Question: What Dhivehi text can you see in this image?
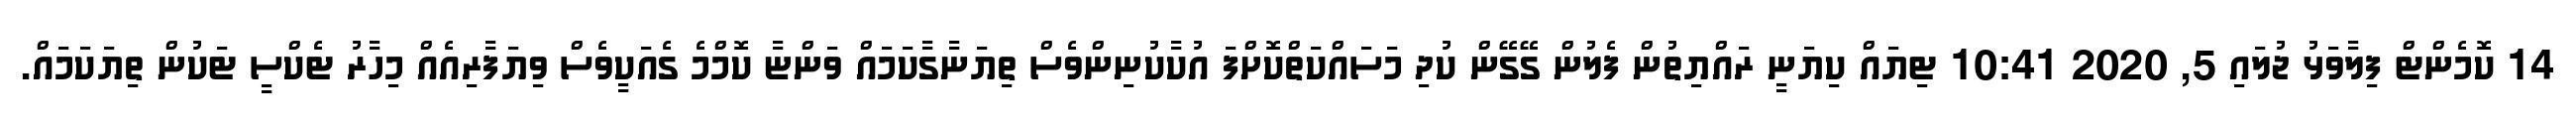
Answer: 14 ކޮމެންޓް ފިލާވަޅު ޖުލައި 5, 2020 10:41 ޓިޔައް ކިޔަނީ ރައްޔިތުން ފެލުން ގޭގޭން ކުދި މަސައްކަތްކޮށްފަ އުކާކުނިންވެސް ތިޔަނާގާކަމައް ވަންޏާ ކޮމްމެ ގެއަކީވެސް ވިޔަފާރިއެއް މިހާރު ޓެކްސީ ޓަކުން ތިޔަކަމައް.